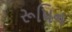
રૂપિન